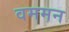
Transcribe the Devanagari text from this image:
वममन